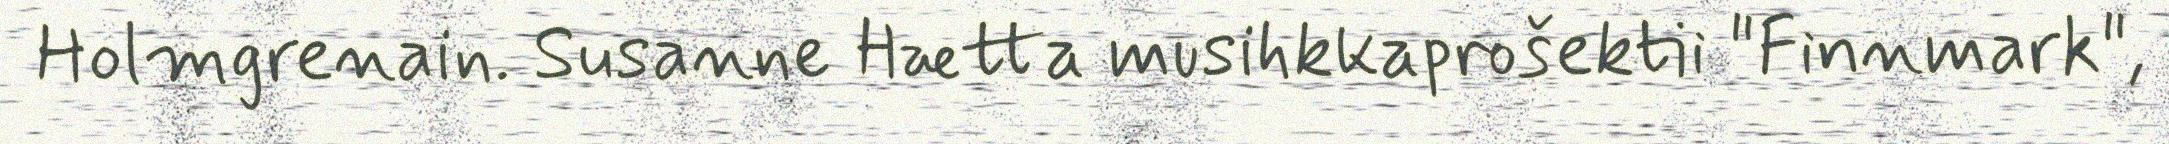
Holmgrenain. Susanne Hætta musihkkaprošektii "Finnmark",